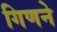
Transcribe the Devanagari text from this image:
गिणने